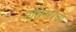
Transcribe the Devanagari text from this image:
मशिनरीचा